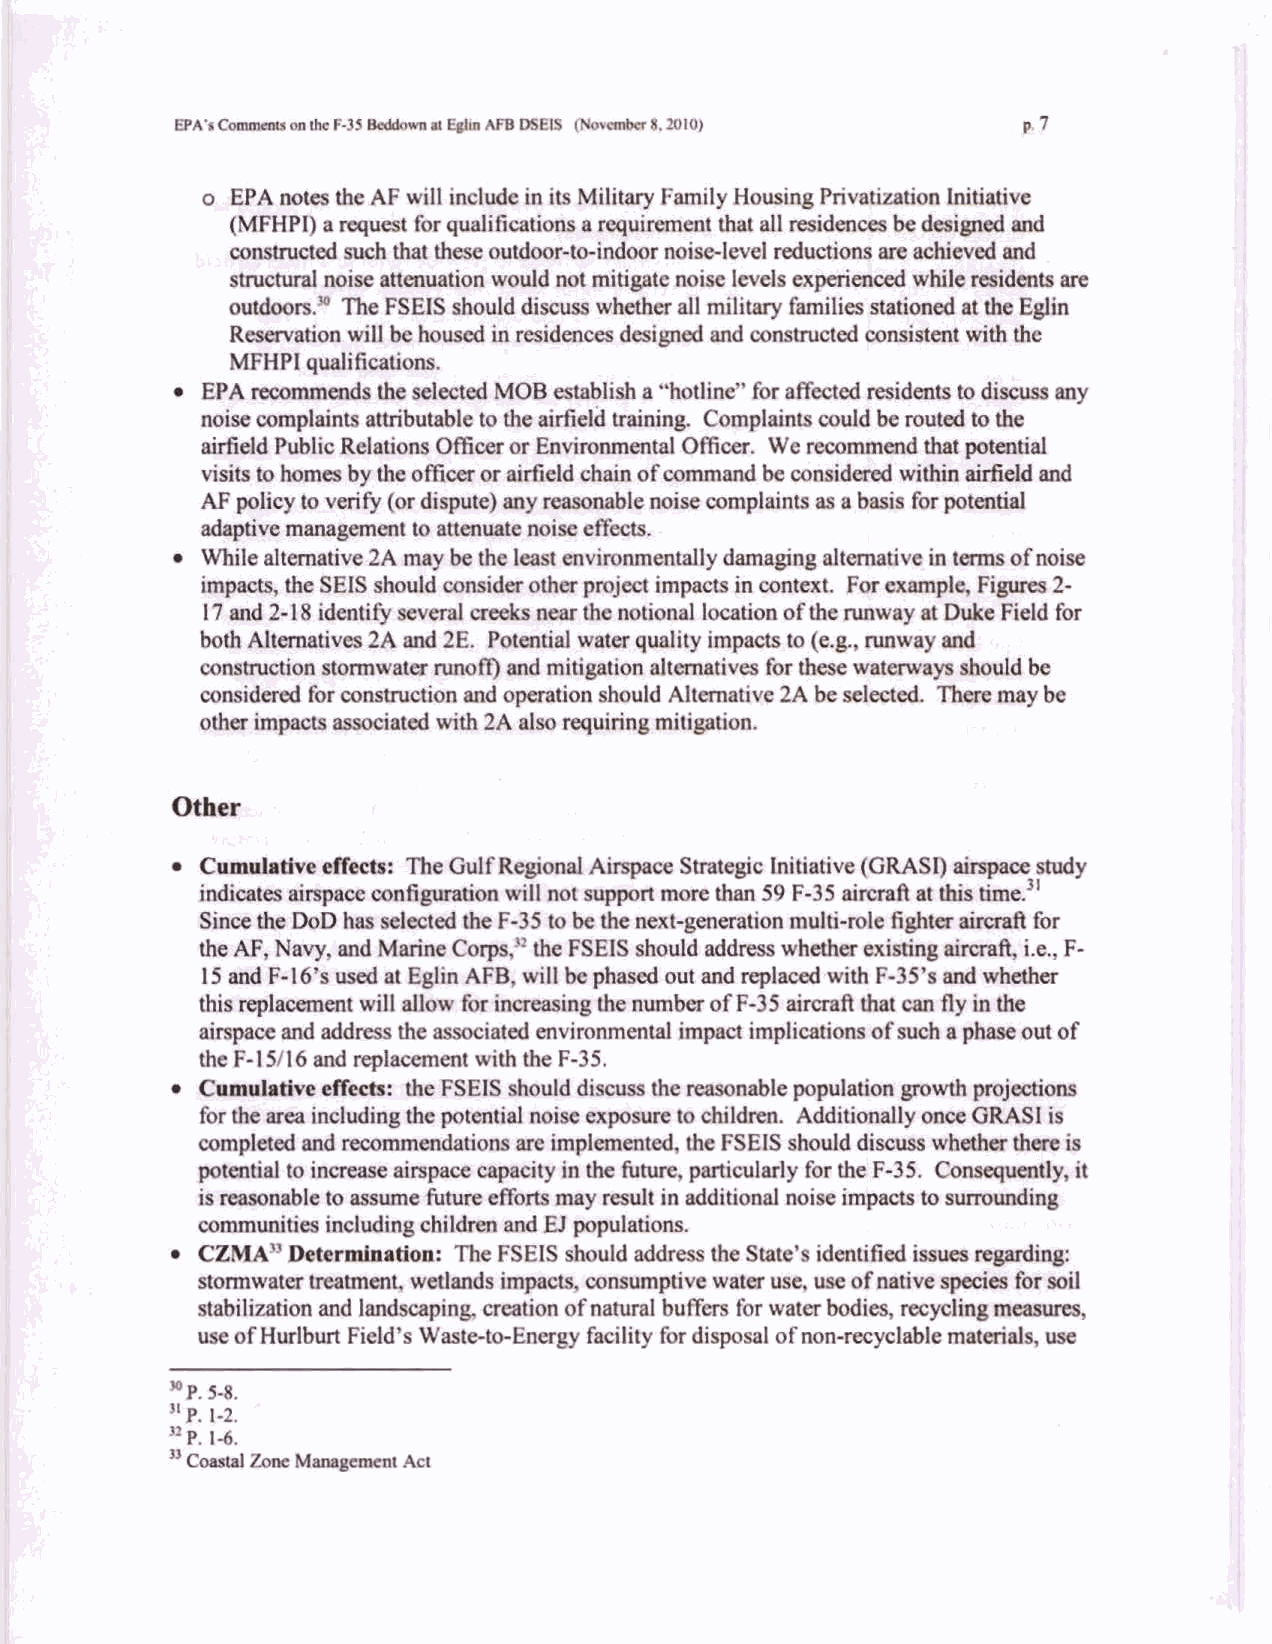
-
 (MFHPI) a qwst for qdificati~llrl req- that all mideaa bdaiOnrdd
 copctructsdnrhthatrbcsswtdmrabilMklorndralevdrsducaoasa readdwadad
 ~miv.ttrautiondaocmi~mirelcwl,expesiaradarbUo~rpro
 ouhbm*  ThsFSEl8choulddiacwswsrlhrallmilitrry~atatiadm(hsBgtin
 --
 thir-      win 8bWSx
 alnpPrPewdaddnoarthsPsociatrdm~~imn,li~dwobe~dwtof
 d~ P-15/16e md rap-t with thF~-3 5.
 L b 6 ~ r $ Q u L L ( l i a a u r b ~ t o & s d o e n r c r w c h ~ i o a r